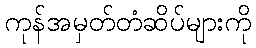
ကုန်အမှတ်တံဆိပ်များကို